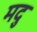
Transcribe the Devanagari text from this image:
मदु